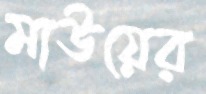
মাউয়ের